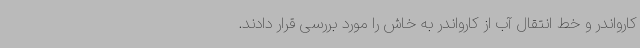
کارواندر و خط انتقال آب از کارواندر به خاش را مورد بررسی قرار دادند.